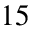
1 5